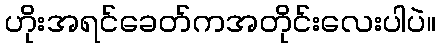
ဟိုးအရင်ခေတ်ကအတိုင်းလေးပါပဲ။